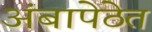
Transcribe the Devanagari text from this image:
अंबापेठेत